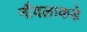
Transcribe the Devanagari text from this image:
नौदलाकडे